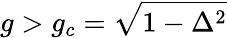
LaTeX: g>g_{c}=\sqrt{1-\Delta^{2}}